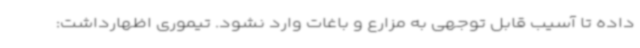
داده تا آسیب قابل توجهی به مزارع و باغات وارد نشود. تیموری اظهارداشت: